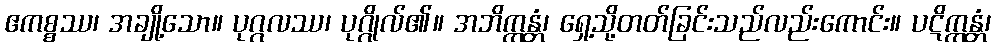
ဧကစ္စဿ၊ အချို့သော။ ပုဂ္ဂလဿ၊ ပုဂ္ဂိုလ်၏။ အဘိက္ကန္တံ၊ ရှေ့သို့တတ်ခြင်းသည်လည်းကောင်း။ ပဋိက္ကန္တံ၊